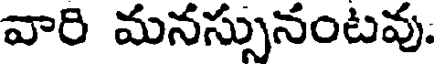
వారి మనస్సునంటవు.